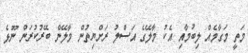
މަތީ މަގާމެއް ލިބުމާއި އެކު މާލޭގެ އަސްލު ރަށްޔިތުން މާލޭން ބޭރުކުރަން ނޫޅެ